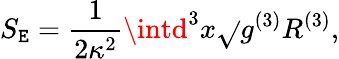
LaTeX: S_{\mathtt{E}}=\frac{{1}}{{2\kappa^{2}}}\intd^{3}x\sqrt{}{{g^{(3)}}}{R^{(3)}},